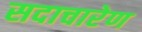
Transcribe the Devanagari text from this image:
सदाचारेण